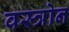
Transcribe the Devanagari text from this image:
वस्त्रोन